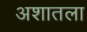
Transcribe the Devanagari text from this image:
अशातला